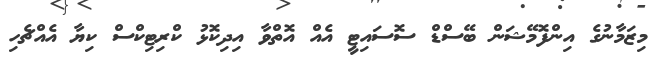
މިޒަމާނުގެ އިންފޮމޭޝަން ބޭސްޑް ސޮސައިޓީ އެއް އޮތްވާ އިދިކޮޅު ކްރިޓިކްސް ކިޔާ އެއްޗެހި